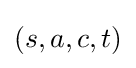
(s,a,c,t)